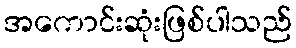
အကောင်းဆုံးဖြစ်ပါသည်